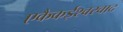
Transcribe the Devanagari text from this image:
एकैकईश्‍वरवाद